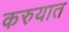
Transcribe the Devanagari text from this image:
करुयात